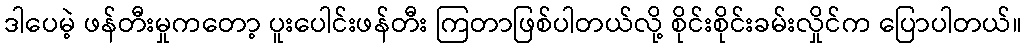
ဒါပေမဲ့ ဖန်တီးမှုကတော့ ပူးပေါင်းဖန်တီး ကြတာဖြစ်ပါတယ်လို့ စိုင်းစိုင်းခမ်းလှိုင်က ပြောပါတယ်။